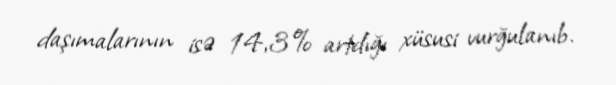
daşımalarının isə 14,3% artdığı xüsusi vurğulanıb.